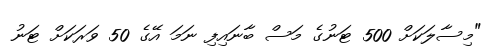
"މިސާލަކަށް 500 ޓަނުގެ މަސް ބާނައިފި ނަމަ އޭގެ 50 ވަރަކަށް ޓަނު